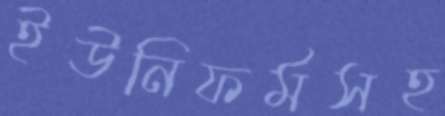
ইউনিফর্মসহ